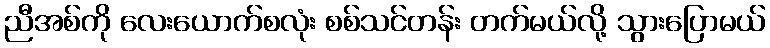
ညီအစ်ကို လေးယောက်စလုံး စစ်သင်တန်း တက်မယ်လို့ သွားပြောမယ်